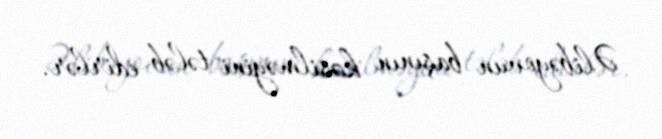
Əlibəyovun başının kəsilməyini tələb edirlər.